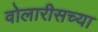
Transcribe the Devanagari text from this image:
वोलारीसच्या